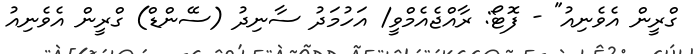
ގްރީން އެވެނިއު" - ފޮޓޯ: ރާއްޖެއެމްވީ/ އަހުމަދު ސާނިދު (ސޭންޑް) ގްރީން އެވެނިއު